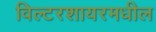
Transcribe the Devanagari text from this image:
विल्टरशायरमधील